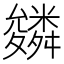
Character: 𮇾